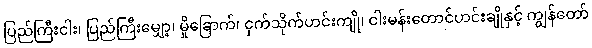
ပြည်ကြီးငါး၊ ပြည်ကြီးမျှော့၊ မှိုခြောက်၊ ငှက်သိုက်ဟင်းကျို၊ ငါးမန်းတောင်ဟင်းချိုနှင့် ကျွန်တော်